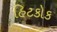
હિટકોક